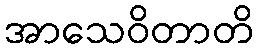
အာသေဝိတာတိ